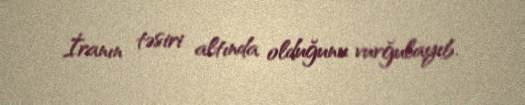
İranın təsiri altında olduğunu vurğulayıb.